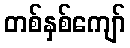
တစ်နှစ်ကျော်